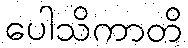
ပေါသိကာတိ